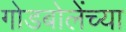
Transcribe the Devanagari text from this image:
गोडबोलेंच्या